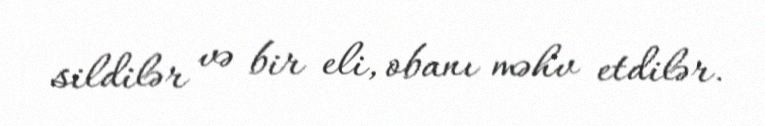
sildilər və bir eli, obanı məhv etdilər.